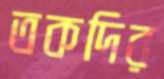
তকদির